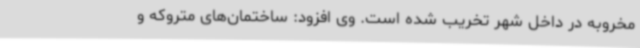
مخروبه در داخل شهر تخریب شده است. وی افزود: ساختمان‌های متروکه و